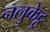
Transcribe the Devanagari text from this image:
नलुकेट्टू